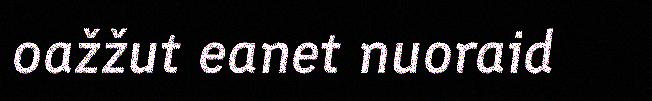
oažžut eanet nuoraid